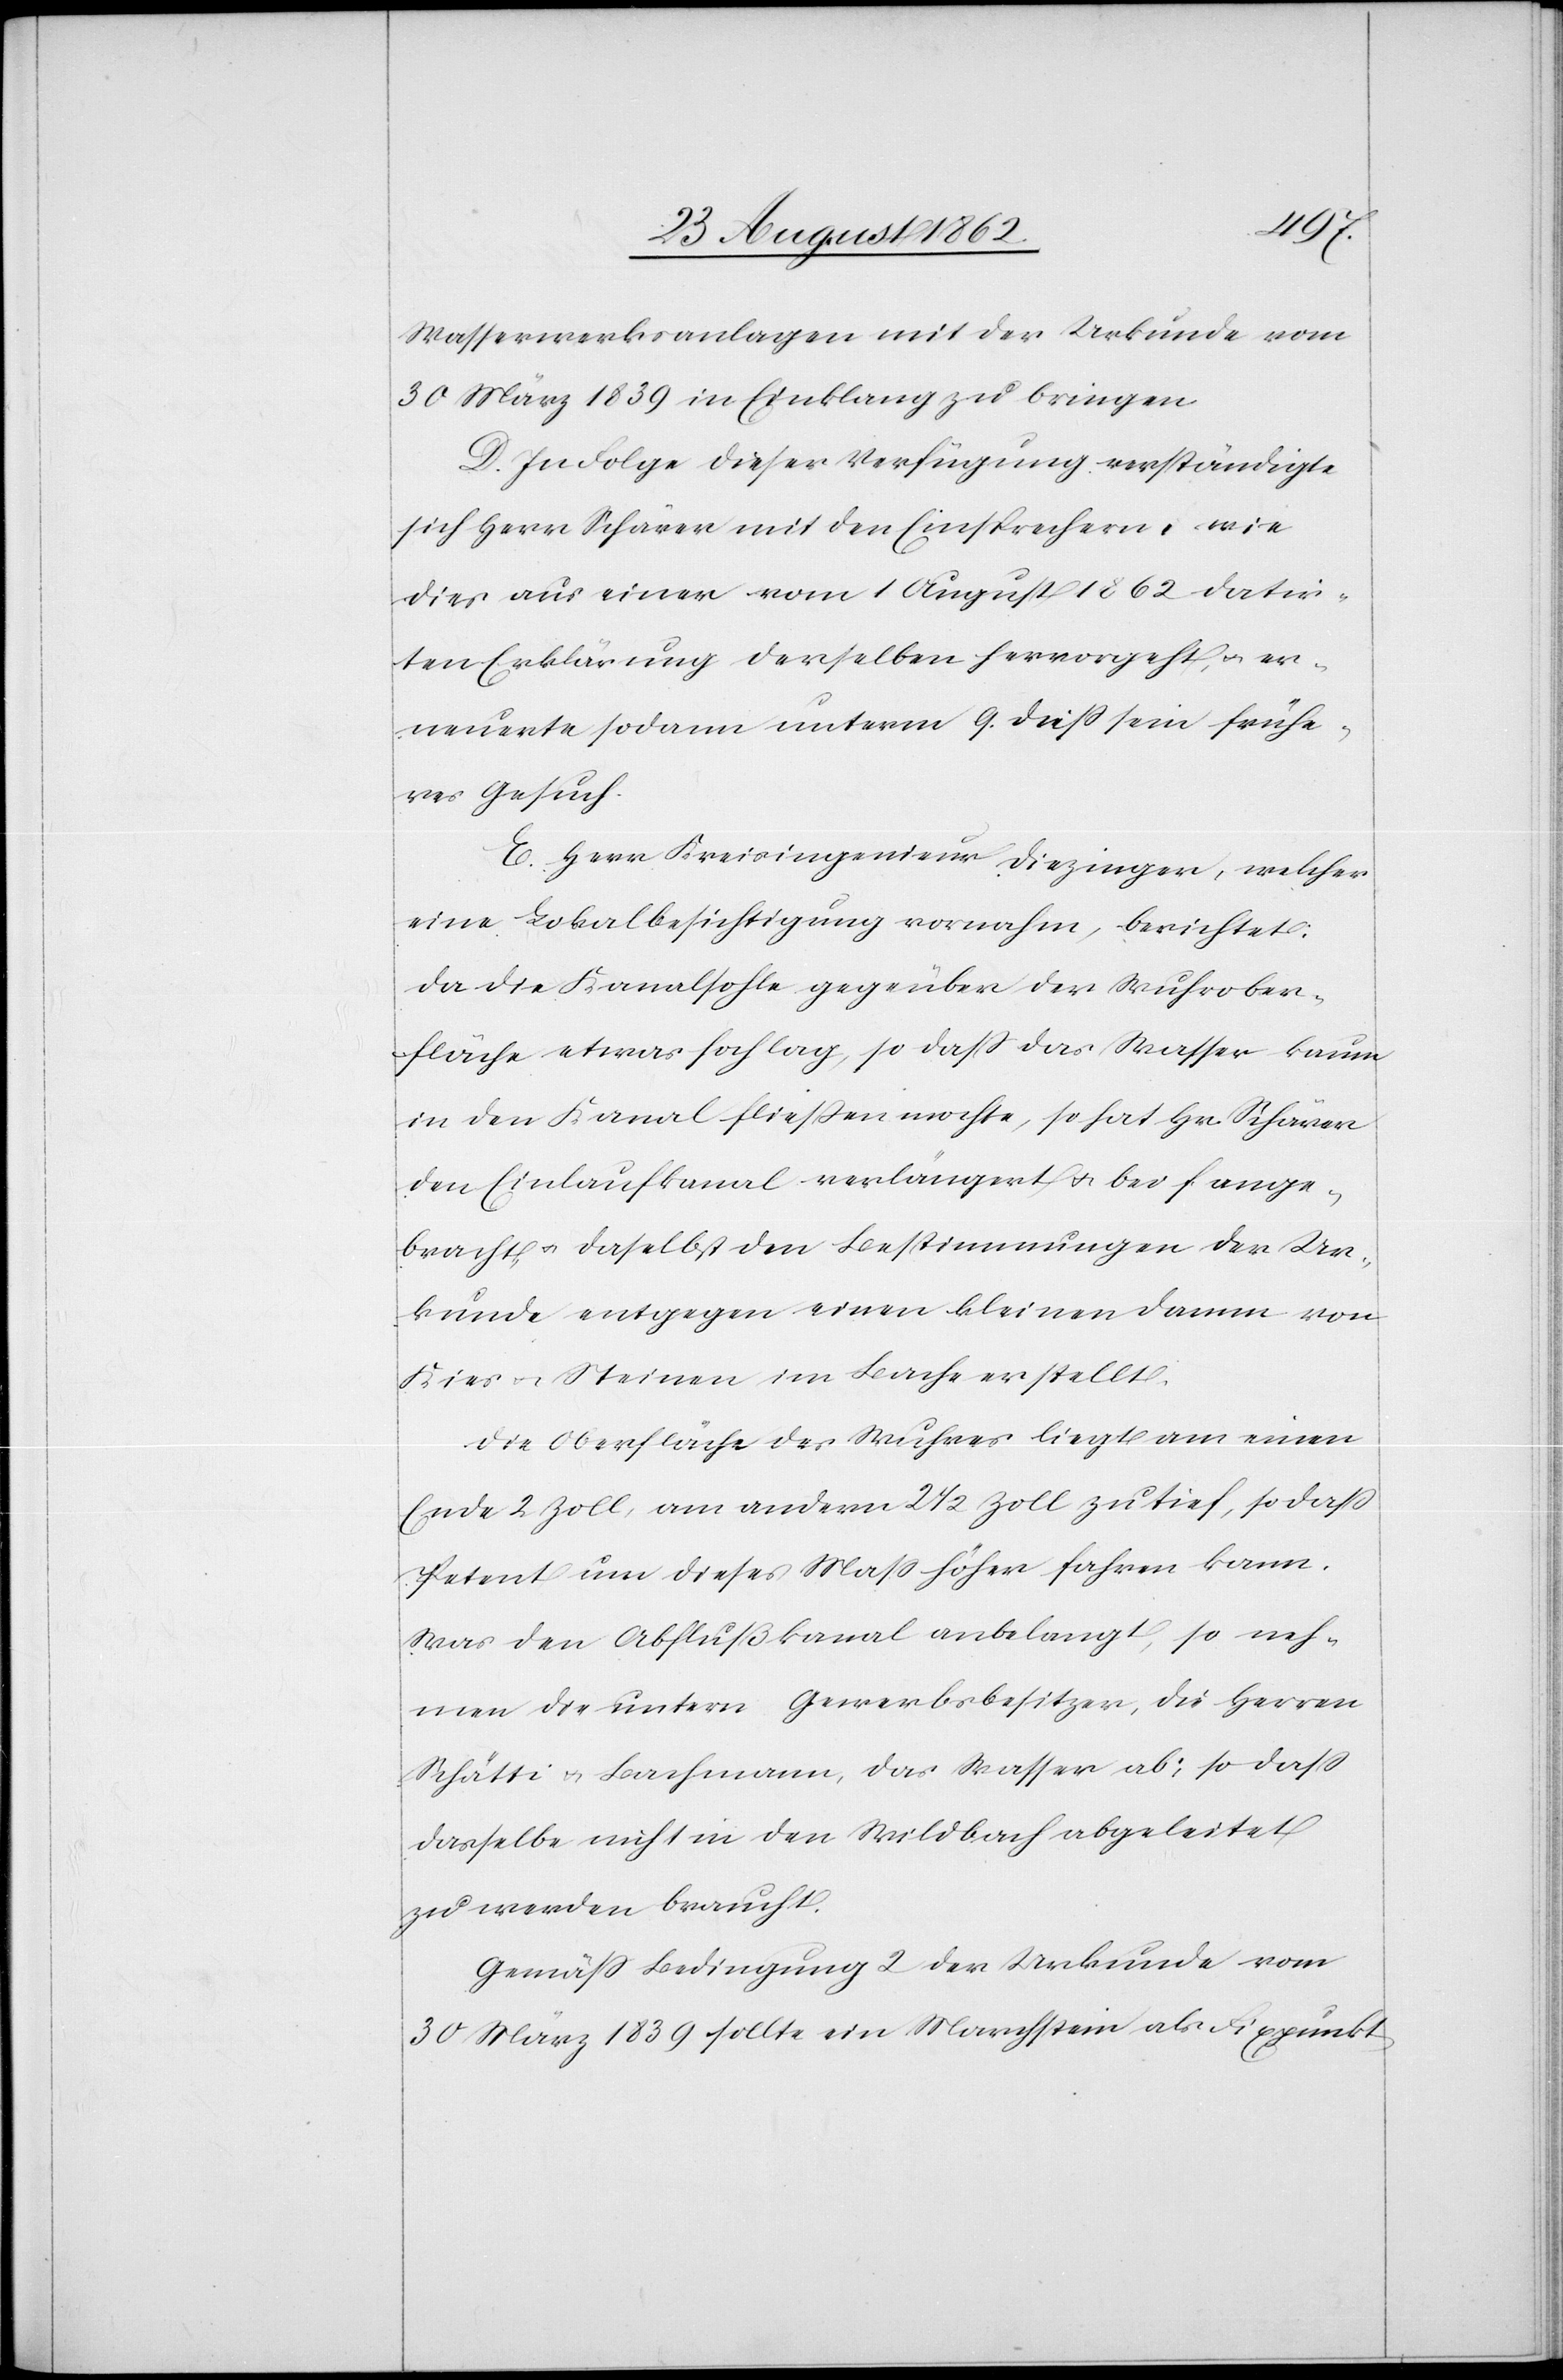
Wasserwerksanlagen mit der Urkunde vom
30. März 1839 in Einklang zu bringen.
D. In Folge dieser Verfügung verständigte
sich Herr Schärer mit den Einsprechern, wie
dies aus einer vom 1. August 1862 datir¬
ten Erklärung derselben hervorgeht, u. er¬
neuerte sodann unterm 9. dieß sein frühe¬
res Gesuch.
E. Herr Kreisingenieur Diezinger, welcher
eine Lokalbesichtigung vornahm, berichtet:
Da die Kanalsohle gege[n]über der Wuhrober¬
fläche etwas hoch lag, so daß das Wasser kaum
in den Kanal fließen mochte, so hat Hr. Schärer
den Einlaufkanal verlängert u. bei f ange¬
bracht u. daselbst den Bestimmungen der Ur¬
kunde entgegen einen kleinen Damm von
Kies u. Steinen im Bache erstellt.
Die Oberfläche des Wuhres liegt am einen
Ende 2 Zoll, am andern 2 1/2 Zoll zu tief, so daß
Petent um dieses Maß höher fahren kann.
Was den Abflußkanal anbelangt, so neh¬
men die untern Gewerbsbesitzer, die Herren
Schätti u. Bachmann, das Wasser ab, so daß
dasselbe nicht in den Wildbach abgeleitet
zu werden braucht.
Gemäß Bedingung 2 der Urkunde vom
30. März 1839 sollte ein Marchstein als Fixpunkt